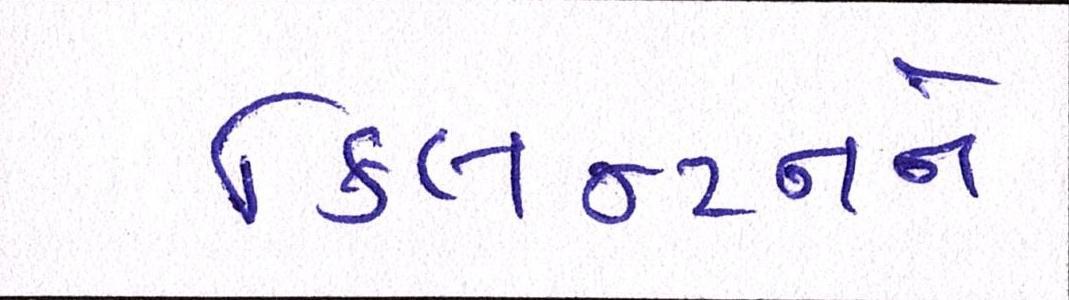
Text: ક્લિન્ટનને